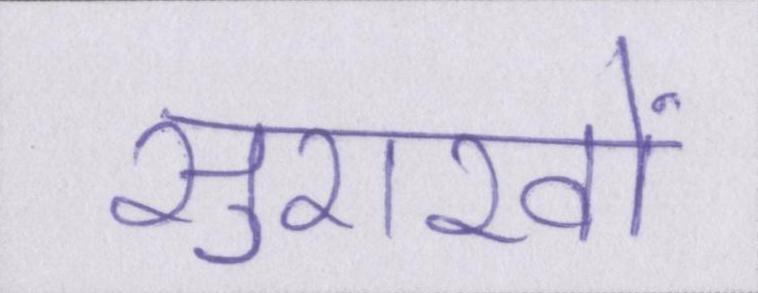
सुराखों